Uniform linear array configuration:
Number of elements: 16
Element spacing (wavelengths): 0.25
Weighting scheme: hamming
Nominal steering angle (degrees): -30
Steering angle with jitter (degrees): -31.203
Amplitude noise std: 0.05
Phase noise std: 0.05

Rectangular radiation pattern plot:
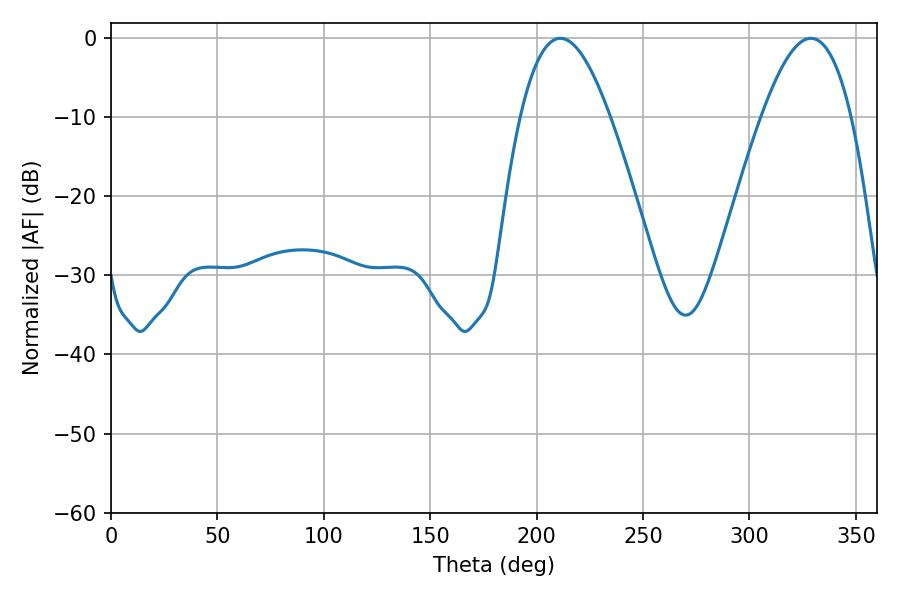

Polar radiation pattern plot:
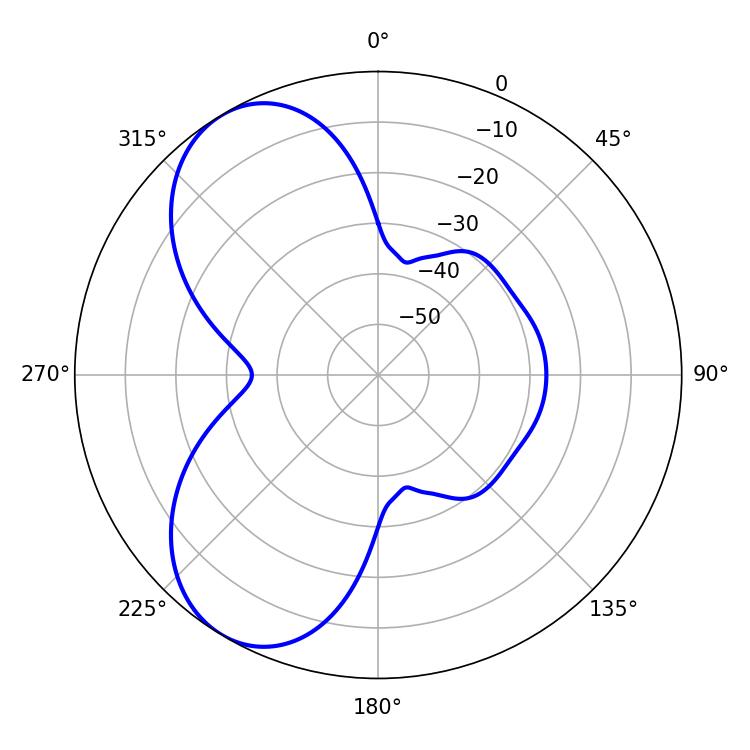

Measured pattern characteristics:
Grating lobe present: FALSE
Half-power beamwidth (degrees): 23.04
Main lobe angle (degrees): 211.14